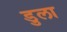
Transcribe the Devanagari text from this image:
डुला